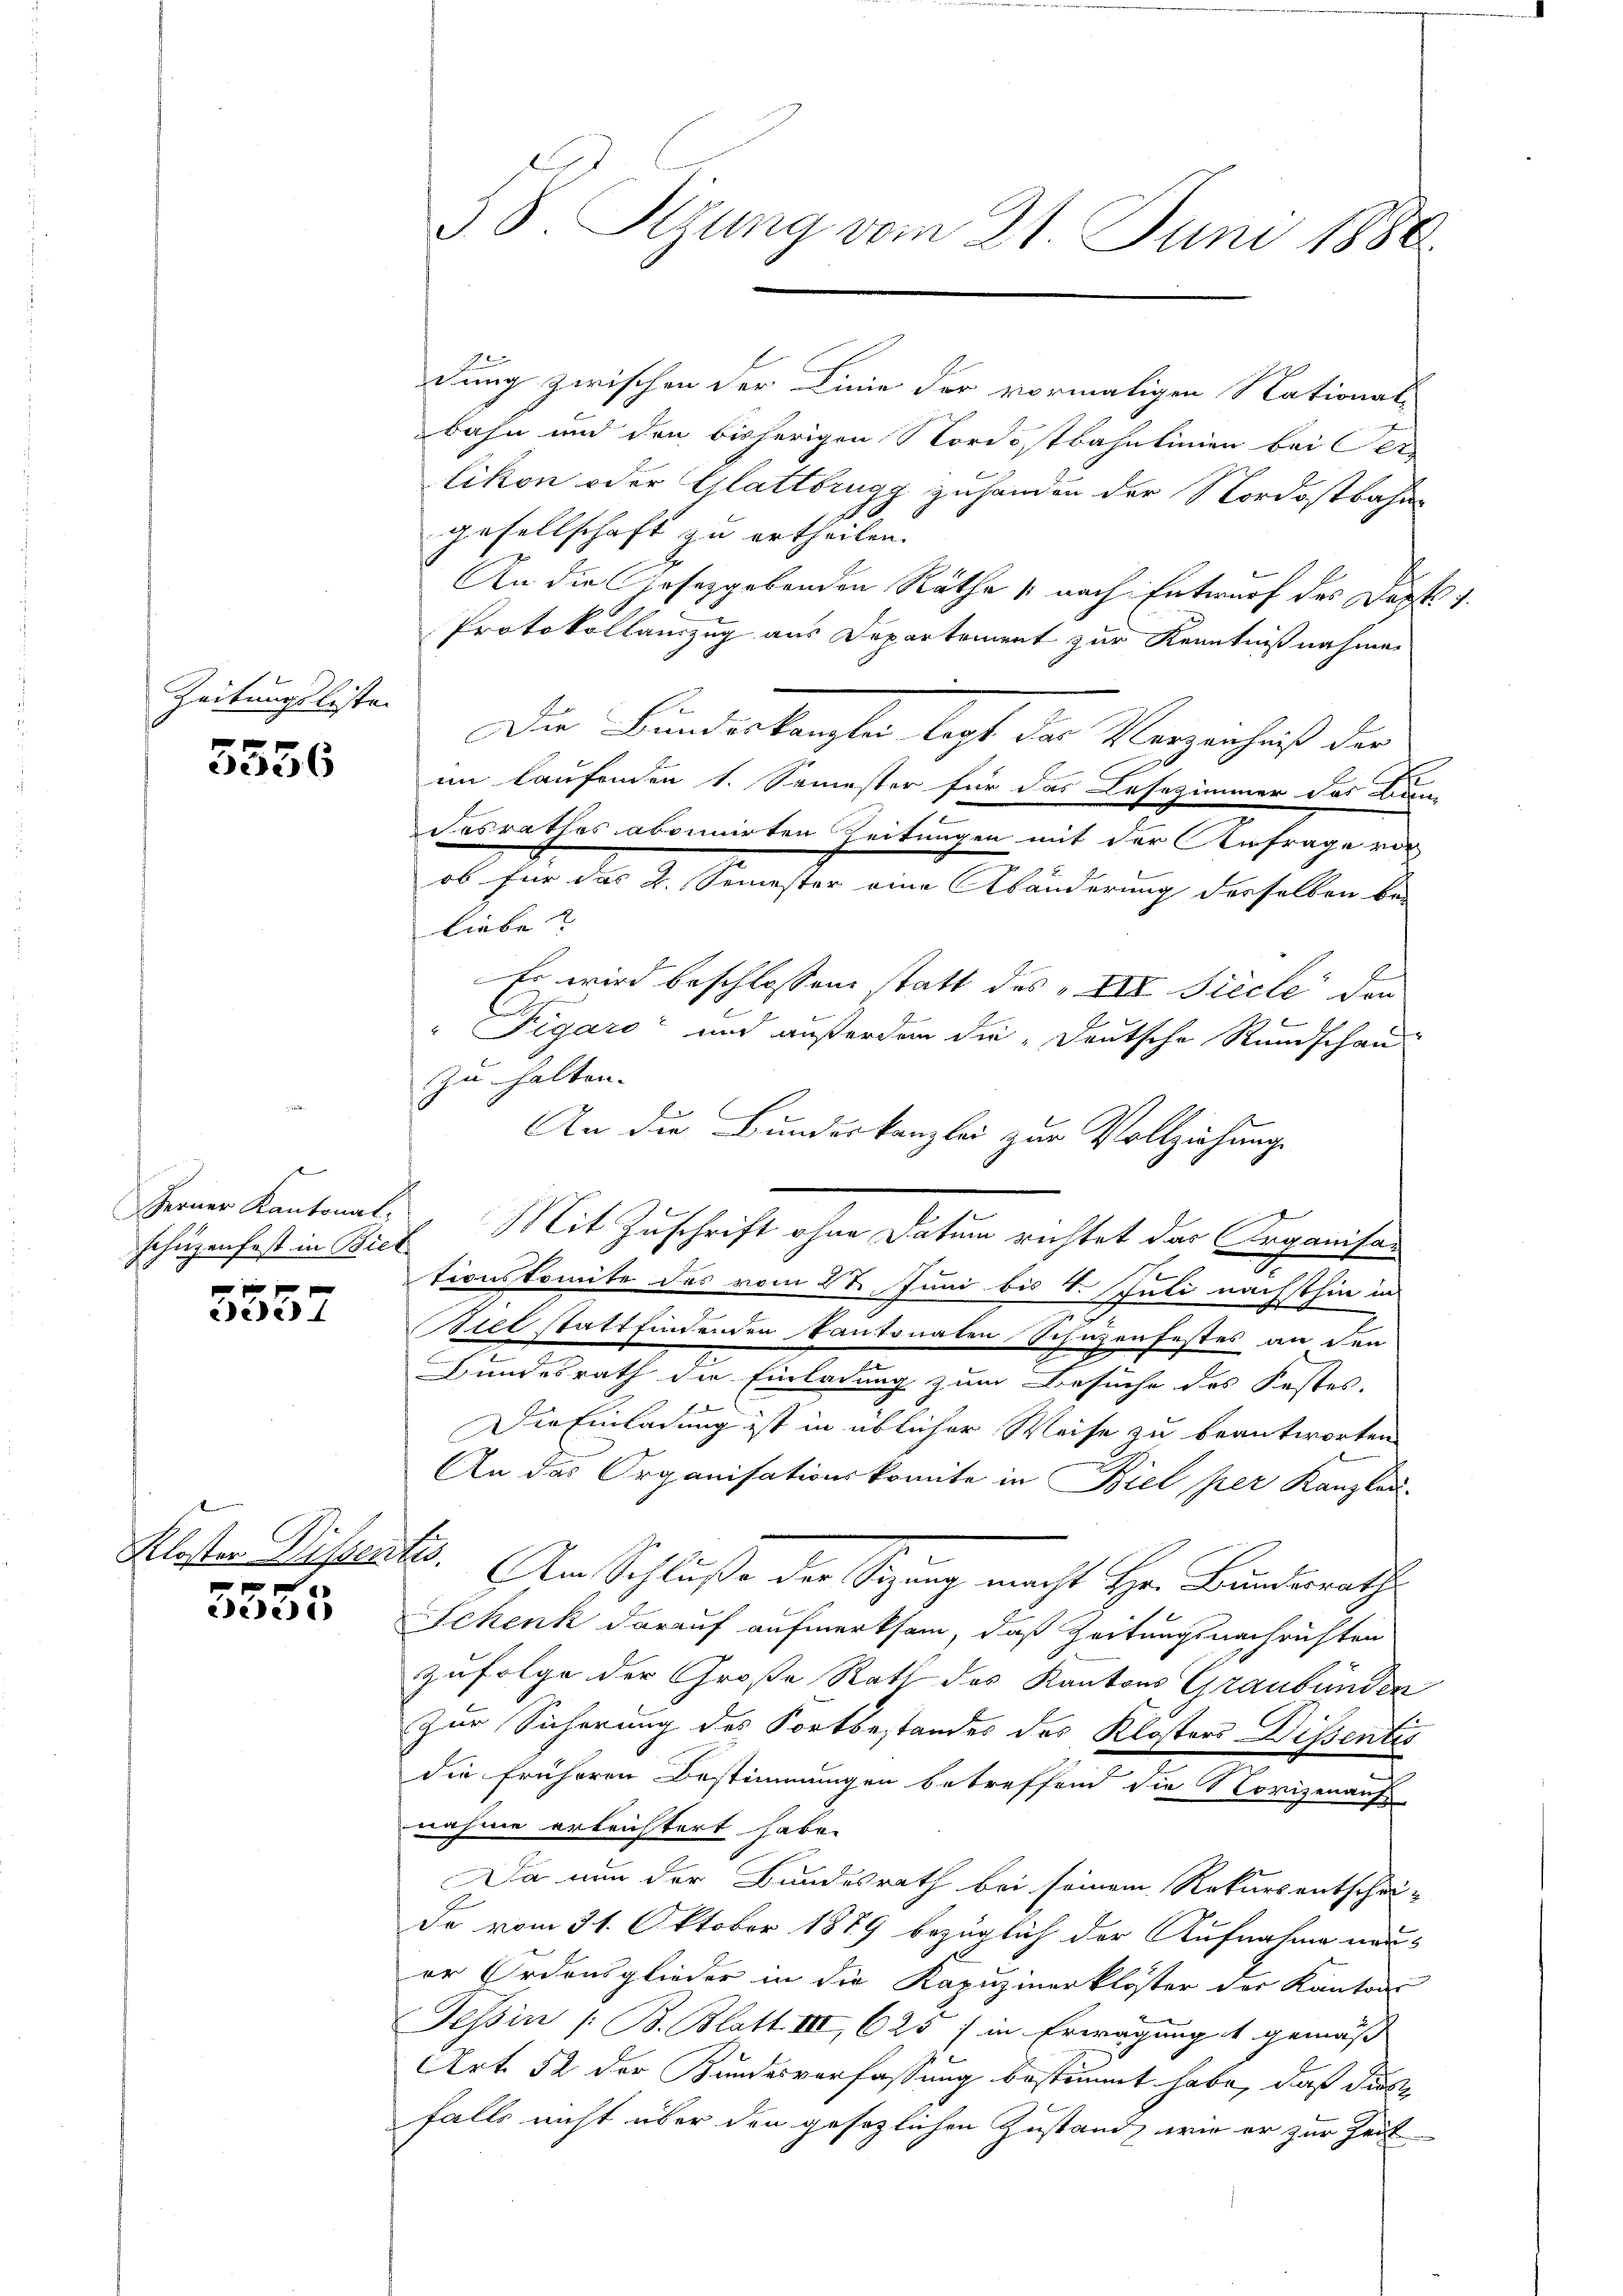
Zeitungslisten

x
3336

Ferner Kantonal-
schüzenfest in Biet

3337

ee

J S. Sizung vom 21. Juni 1886.

dung zwischen der Linie der vormaligen National-
bahn und den bisherigen Nordostbahnlinien bei Per-
likon oder Glattbrugg zuhanden der Nordostbahne
gesellschaft zu ertheilen.
An die Josezgebenden Räthe (nach Entwurf des Dept 1
Protokollauszug aus Departement zur Kenntnißnahmen
Die Bunderlangten legt der Verzenhaft der
im laufenden 1. Semester für das Lesezimmer das Bau-
desrathes abonnirten Zeitungen mit der Anfrage vor
ob für das 2. Semester eine Abänderung derselben bei
Liebe
Es wird beschlossene statt des „VII. Siecle der
"Pigaro und außerden die „Deutsche Rundschan
zu halten. |
An die Bundeskanzlei zur Vollziehung
Mit Zuschrift ohne Datum richtet das Organisar
tionskomite des vom 27. Juni bis 4. Juli nächsthin in
Biel stattfindenden kantonalen Schuzenfestes an den
Bundesrath die Einladung zum Besuche des Festes. |
Die Einladung ist in üblicher Weise zu beantworten
An das Organisationskomite in Biel per Kanzlau-
Klester Dissest. Am Schluße der Sitzung macht Hr. Bundesrath
Schenk darauf aufmerksam, daß Zeitungsnachrichten
zufolge der Große Rath des Kantons Graubünden
zur Sicherung des Fortbestandes des Klosters Dissentis
die früheren Bestimmungen betreffend die Norigenauf
nahme erleichtert habe.
Da nun der Bundesrath bei seinem Rekursentschei-
de vom 31. Oktober 1889 bezüglich der Aufnahme neuer Ordensglieder in die Kapuzinerklöster der Kantons
Tessin /: B. Blatt III 625 / in Erwägung gemäß
Art. 52 der Bundesverfassung bestimmt habe, daß dies
falls nicht über den gesezlichen Zustand, wie er zur Zeit